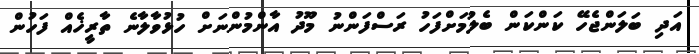
އަދި ބަލަންޖެހޭ ކަންކަން ބެލުމަށްފަހު ރަސްފަންނު މޫދު އާންމުންނަށް ހުޅުވާލާނެ ތާރީޚެއް ފަހުން